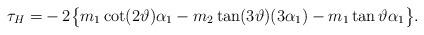
LaTeX: \begin{align*}\tau_{H}=&-2\big\{m_{1}\cot(2\vartheta)\alpha_{1}-m_{2}\tan(3\vartheta)(3\alpha_{1})-m_{1}\tan\vartheta \alpha_{1}\big\}.\end{align*}